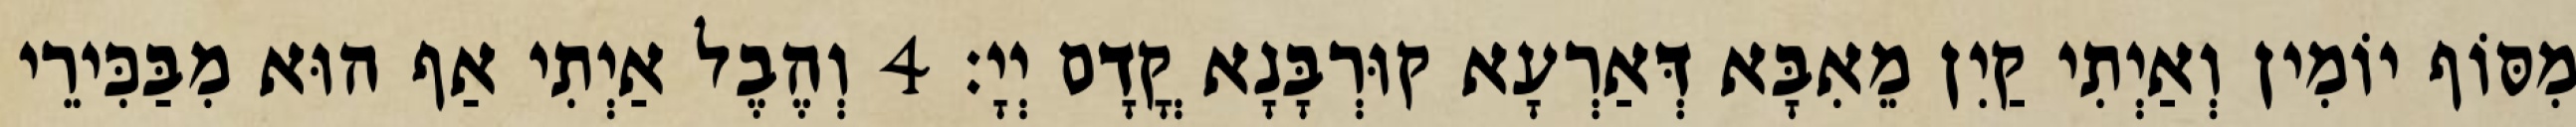
מִסּוֹף יוֹמִין וְאַיְתִי קַיִן מֵאִבָּא דְּאַרְעָא קוּרְבָּנָא קֳדָם יְיָ׃ 4 וְהֶבֶל אַיְתִי אַף הוּא מִבַּכִּירֵי